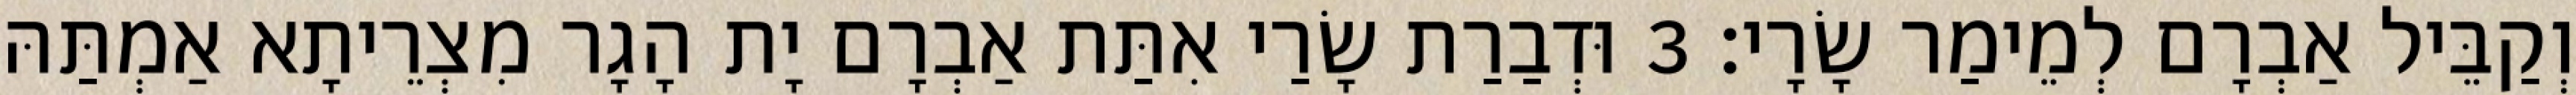
וְקַבֵּיל אַבְרָם לְמֵימַר שָׂרָי׃ 3 וּדְבַרַת שָׂרַי אִתַּת אַבְרָם יָת הָגָר מִצְרֵיתָא אַמְתַּהּ